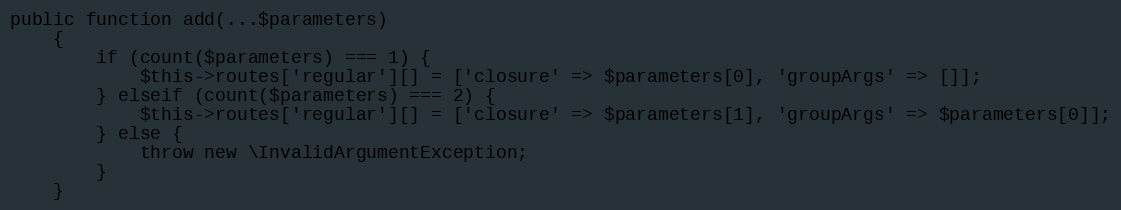
Language: PHP
public function add(...$parameters)
    {
        if (count($parameters) === 1) {
            $this->routes['regular'][] = ['closure' => $parameters[0], 'groupArgs' => []];
        } elseif (count($parameters) === 2) {
            $this->routes['regular'][] = ['closure' => $parameters[1], 'groupArgs' => $parameters[0]];
        } else {
            throw new \InvalidArgumentException;
        }
    }